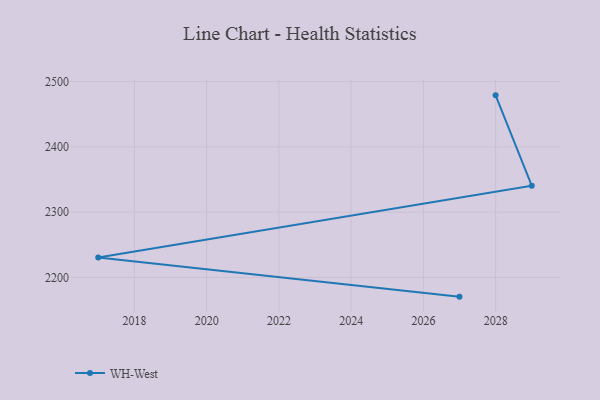
{"axis": {"x": "Year", "y": "Headcount"}, "legend": ["WH-West"], "data": [{"x": "2028", "y": 2478.9, "type": "WH-West"}, {"x": "2029", "y": 2340.6, "type": "WH-West"}, {"x": "2017", "y": 2230.4, "type": "WH-West"}, {"x": "2027", "y": 2170.6, "type": "WH-West"}]}